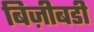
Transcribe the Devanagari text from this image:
बिज़ीबडी